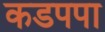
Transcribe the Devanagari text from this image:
कडपपा